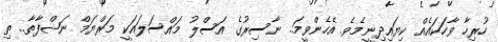
ހުރިހާ ވާހަކައެއް ކިޔައިދިނީމެވެ. އެހެންވީމަ.. ނާސިރުގެ އަސްލު މައްސަލައަކީ މަރްޔަމް ނަޝްފާތާ.. ތި